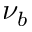
\nu _ { b }